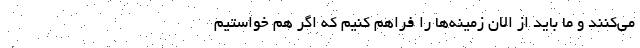
می‌کنند و ما باید از الان زمینه‌ها را فراهم کنیم که اگر هم خواستیم